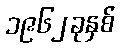
၁၉၆၂ခုနှစ်